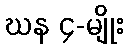
ဃန ၄-မျိုး